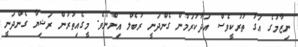
ނިޒާމުގެ އަގު ތުރުކީވެސް އަދާކުރަމުން ގެންދަނީ ރުބެލް އިންނެވެ. މީގެއިތުރުން ރަޝިޔާ ގެންދަނީ